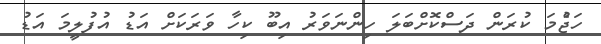
ހަޖެުމަ ކުރަން ދަސްކޮށްބަލަ ހިންނަވަރު އިބޫ ކިހާ ވަރަކަށް އަޑު އުފުލީމަ އަޑު